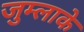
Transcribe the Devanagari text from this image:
जुम्लाके